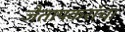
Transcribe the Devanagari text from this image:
जैतापकरांचा